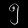
Digit: ၅